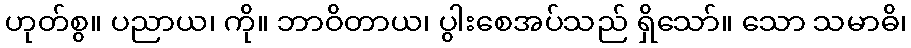
ဟုတ်စွ။ ပညာယ၊ ကို။ ဘာဝိတာယ၊ ပွါးစေအပ်သည် ရှိသော်။ သော သမာဓိ၊